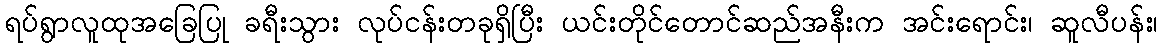
ရပ်ရွာလူထုအခြေပြု ခရီးသွား လုပ်ငန်းတခုရှိပြီး ယင်းတိုင်တောင်ဆည်အနီးက အင်းရောင်း၊ ဆူလီပန်း၊